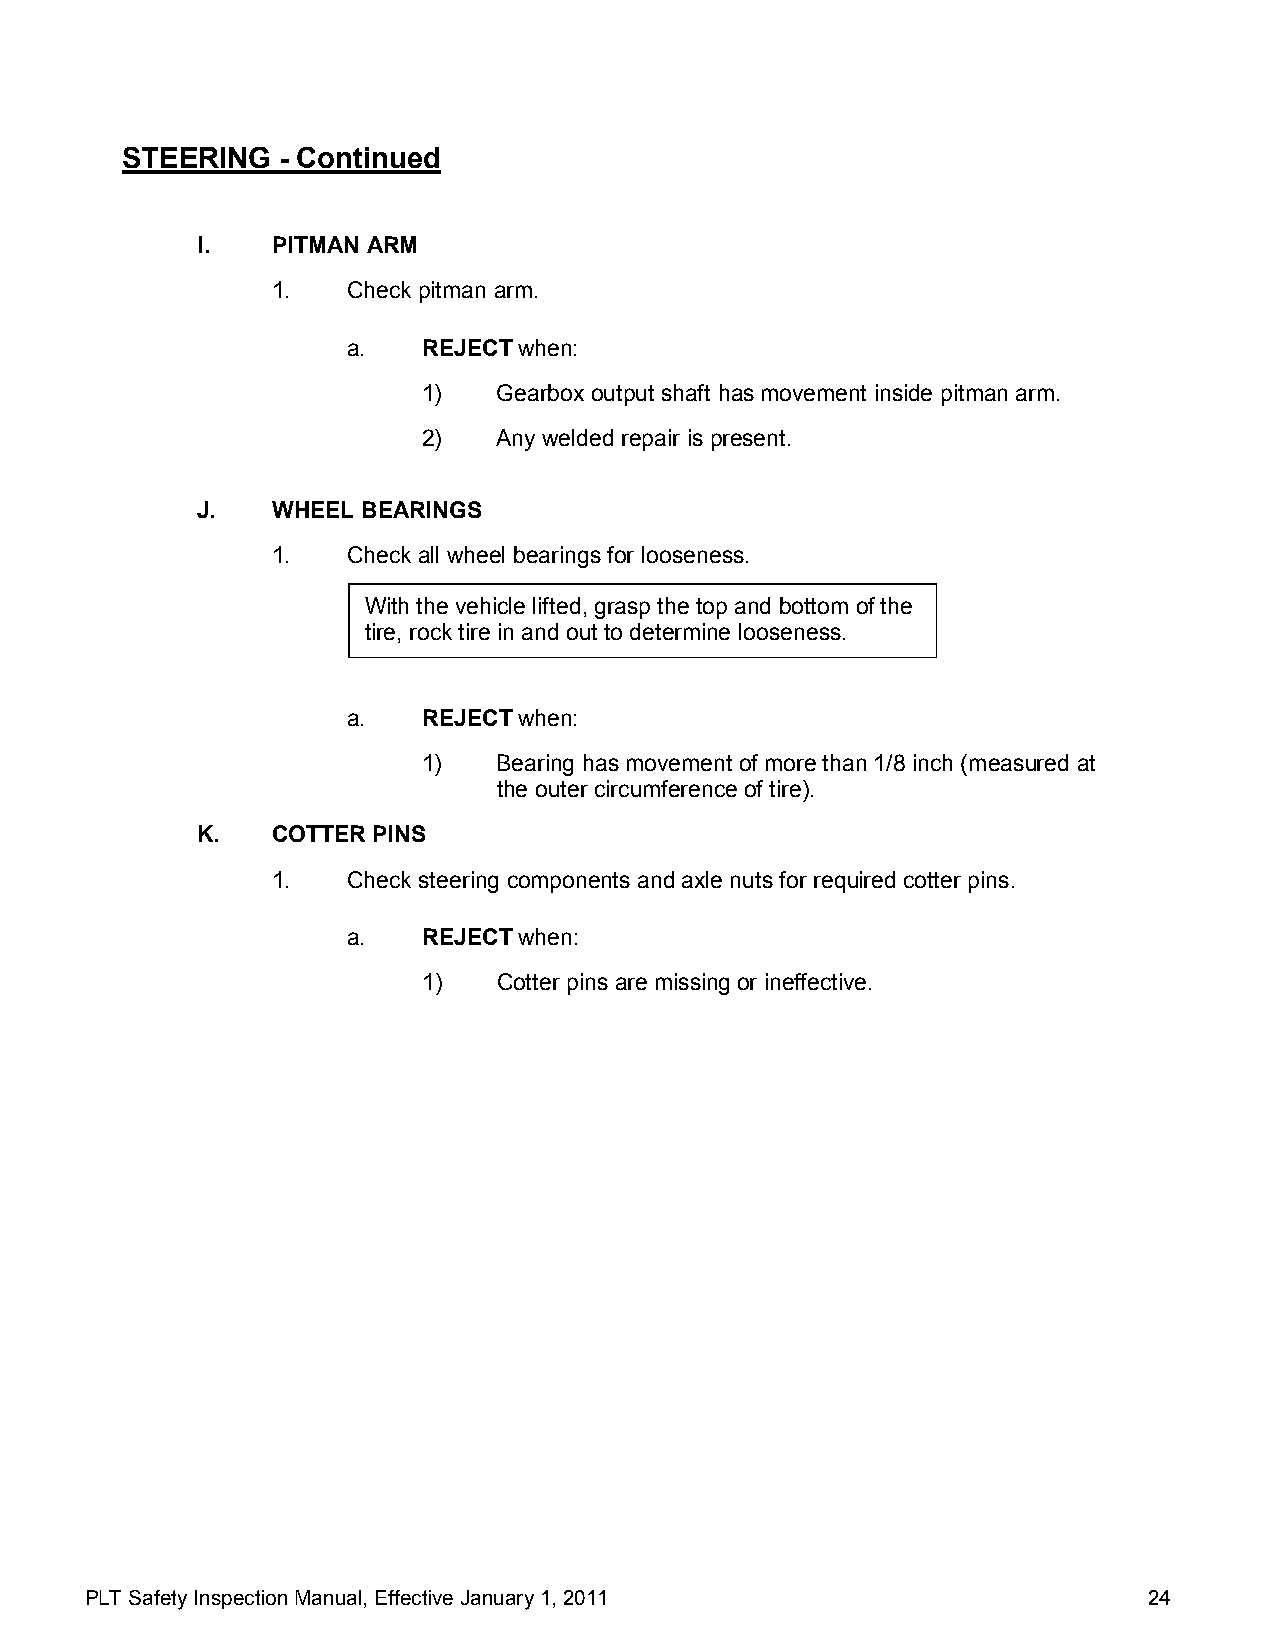
STEERING   - Continued
 I.   PITMAN ARM
 1.   Check pitman arm.
 a.   REJECT when:
 1)   Gearbox output shaft has movement inside pitman arm.
 2)   Any welded repair is present.
 J.   WHEEL BEARINGS
 1.   Check all wheel bearings for looseness.
 With the vehicle lifted, grasp the top and bottom of the
 tire, rock tire in and out to determine looseness.
 a.   REJECT when:
 1)   Bearing has movement of more than 1/8 inch (measured at
 the outer circumference of tire).
 K.   COTTER PINS
 1.   Check steering components and axle nuts for required cotter pins.
 a.   REJECT when:
 1)   Cotter pins are missing or ineffective.
 PLT Safety Inspection Manual, Effective January 1, 2011               24